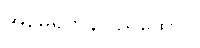
အမေရိကန်ပြည်ထောင်